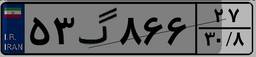
۵۳گ۸۶۶۲۷